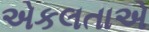
એકલતાએ